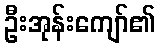
ဦးအုန်းကျော်၏